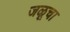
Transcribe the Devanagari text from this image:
जळूचा